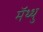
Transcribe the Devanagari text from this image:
मॅथ्थु